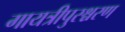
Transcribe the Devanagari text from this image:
गायत्रीपुरश्चरण